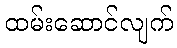
ထမ်းဆောင်လျက်